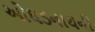
ઓઘડનાથની